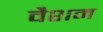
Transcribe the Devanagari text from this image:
वैशम